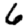
Digit: 6